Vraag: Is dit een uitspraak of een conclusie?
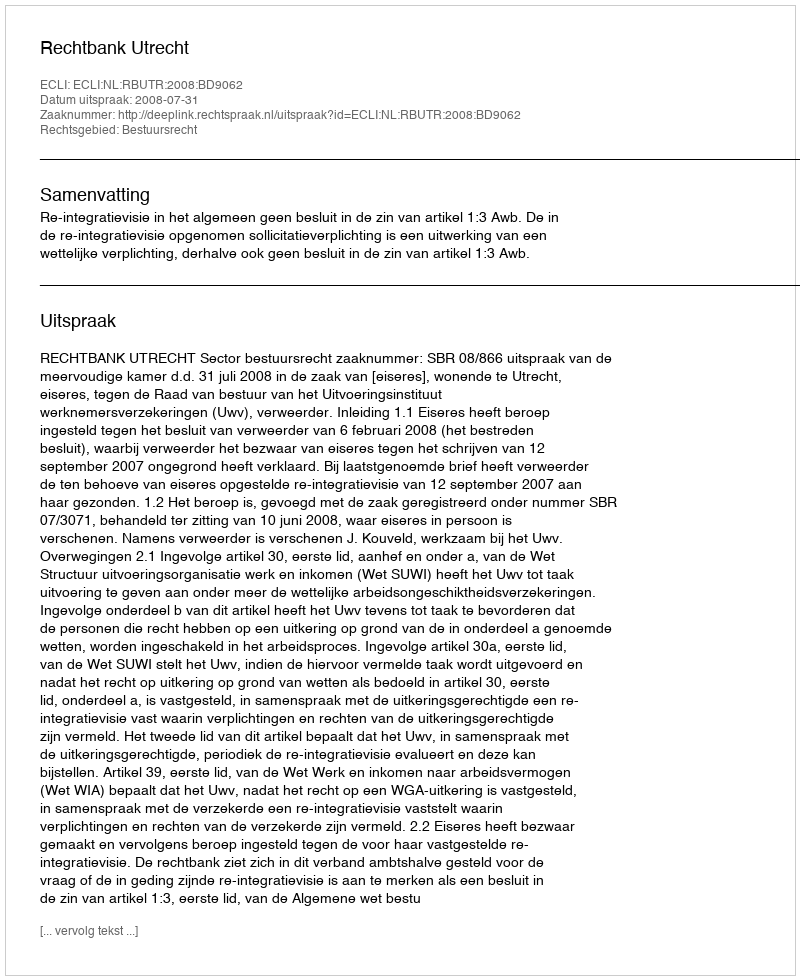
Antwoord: Uitspraak